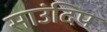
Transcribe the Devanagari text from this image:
साउंदिप